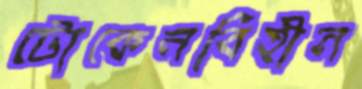
টোকেনবিহীন